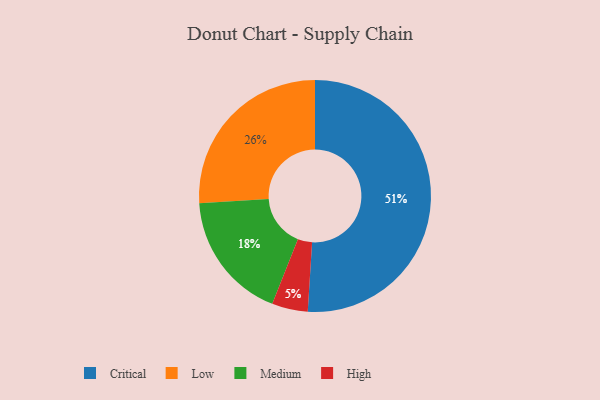
{"axis": {"x": "Category", "y": "Percentage"}, "legend": ["Critical", "High", "Low", "Medium"], "data": [{"x": "Medium", "y": 18, "type": "Medium"}, {"x": "Low", "y": 26, "type": "Low"}, {"x": "Critical", "y": 51, "type": "Critical"}, {"x": "High", "y": 5, "type": "High"}]}